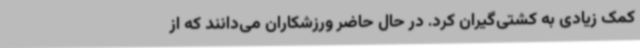
کمک زیادی به کشتی‌گیران کرد. در حال حاضر ورزشکاران می‌دانند که از